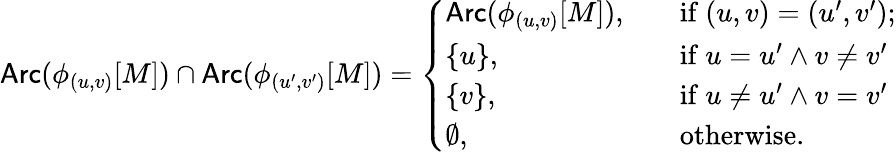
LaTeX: \mathsf{Arc}(\phi_{(u,v)}[M])\cap\mathsf{Arc}(\phi_{(u^{\prime},v^{\prime})}[M])=\left\{ \begin{array}{ll}{\mathsf{Arc}(\phi_{(u,v)}[M]),}&{\quad\mathrm{if~}(u,v)=(u^{\prime},v^{\prime});}\\ {\{ u\} ,}&{\quad\mathrm{if~}u=u^{\prime}\land v\neq v^{\prime}}\\ {\{ v\} ,}&{\quad\mathrm{if~}u\neq u^{\prime}\land v=v^{\prime}}\\ {\emptyset,}&{\quad\mathrm{otherwise.}}\end{array}\right.